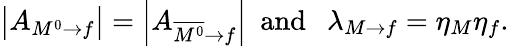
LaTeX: \left|A_{M^{0}\rightarrow f}\right|=\left|A_{\overline{{{M^{0}}}}\rightarrow f}\right|\ \ \mathrm{and~}\ \ \lambda_{M\rightarrow f}=\eta_{M}\eta_{f}.